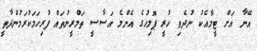
އޭނާ އަށް ޓީމާއެކު ނުދެވި ހުރީ ޕޮލިހުގެ އެންމެ އަސާސީ ތަމްރީނުތައް ފުރިހަމަކުރަމުންދާތީ